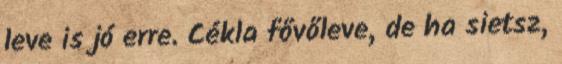
leve is jó erre. Cékla fővőleve, de ha sietsz,